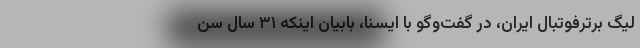
لیگ برترفوتبال ایران، در گفت‌وگو با ایسنا، بابیان اینکه ۳۱ سال سن